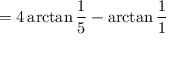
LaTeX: = 4 \arctan { \frac { 1 } { 5 } } - \arctan { \frac { 1 } { 1 } }